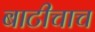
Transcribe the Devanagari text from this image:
बाटीचाच